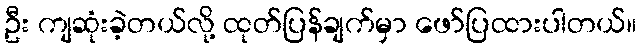
ဦး ကျဆုံးခဲ့တယ်လို့ ထုတ်ပြန်ချက်မှာ ဖော်ပြထားပါတယ်။